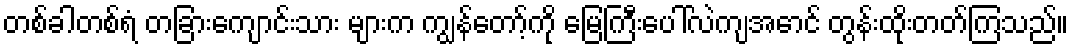
တစ်ခါတစ်ရံ တခြားကျောင်းသား များက ကျွန်တော့်ကို မြေကြီးပေါ်လဲကျအောင် တွန်းထိုးတတ်ကြသည်။